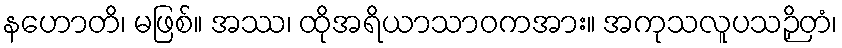
နဟောတိ၊ မဖြစ်။ အဿ၊ ထိုအရိယာသာဝကအား။ အကုသလူပသဉှိတံ၊